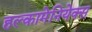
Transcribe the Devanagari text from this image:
हल्कामेनियेक्स